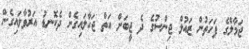
ޖަމާލްގެ ފަހަތުން ޒައުލް ޖިންސުގެ ދެ ޖީބަށް އަތް ޖަހާލައިގެން ދެކޮނޑު އަރުވާލައިގެން